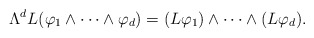
\begin{align*}\Lambda^d L(\varphi_1\wedge\cdots\wedge\varphi_d)=(L\varphi_1)\wedge\cdots\wedge(L\varphi_d).\end{align*}